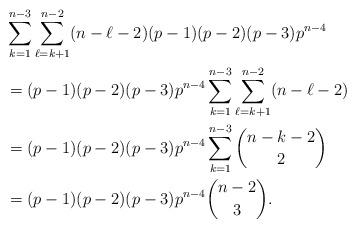
LaTeX: \begin{align*}&\sum_{k=1}^{n-3}\sum_{\ell=k+1}^{n-2}(n-\ell-2) (p-1)(p-2)(p-3)p^{n-4} \\&= (p-1)(p-2)(p-3)p^{n-4} \sum_{k=1}^{n-3}\sum_{\ell=k+1}^{n-2}(n-\ell-2)\\&= (p-1)(p-2)(p-3)p^{n-4} \sum_{k=1}^{n-3} \binom{n-k-2}{2}\\&= (p-1)(p-2)(p-3)p^{n-4} \binom{n-2}{3}.\end{align*}